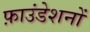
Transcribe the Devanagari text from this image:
फ़ाउंडेशनों